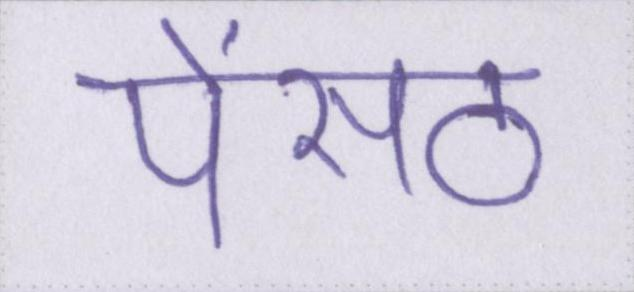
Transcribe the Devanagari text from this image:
पेंसठ